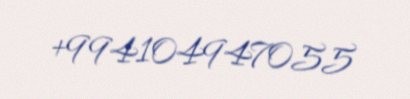
+994104947055